Report on vaccination in Madras 1904-1921 - 1904-1921
Year: 1904
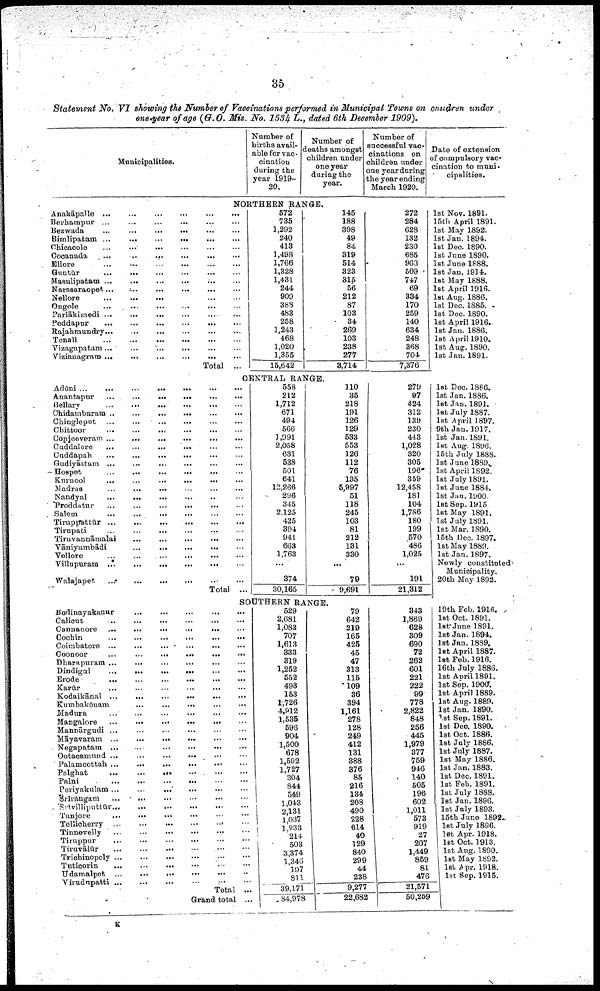
35
Statement No. VI showing the Number of Vaccinations performed in Municipal Towns on children under
one year of age (G.O. Mis. No. 1534 L., dated 6th December 1909).
Municipalities.
Number of
births avail
able for vac¬
cination
during the
year 1919-
20.
Number of
deaths amongst
children under
one year
during the
year.
Number of
successful vac
cinations on
children under
one year during
the year ending
March 1920.
Date of extension
of compulsory vac
cination to muni¬
cipalities.
NORTHERN RANGE.
Anakāpalle ...
...
...
...
...
...
Berhampur...
...
...
...
...
...
Bezwada
...
...
...
...
...
...
Bimlipatam ...
...
...
...
...
...
Chicacole
...
...
...
...
...
...
Cocanada
...
..
...
...
...
...
Ellore
...
...
...
...
...
Guntūr
...
...
...
...
...
...
Masulipatam
...
...
...
...
...
...
Narasaraopet
...
...
...
...
...
...
Nellore
...
...
...
...
...
Ongole
...
...
...
...
...
...
Parlākimedi...
...
...
...
...
...
Peddapur
...
...
...
...
...
...
Rajahmundry...
...
...
...
...
...
Tenali...
...
...
...
...
...
Vizagapatam...
...
...
...
...
...
Vizianagram ... ... ... ... ... ...
Total ...
572
735
1,292
240
413
1,498
1,766
1,328
1,431
244
909
388
483
258
1,243
468
1,020
1,355
15,642
145
188
398
49
84
319
514
323
315
56
212
87
103
34
269
103
238
277
3,714
272
284
628
132
230
685
963
509
747
69
334
170
259
140
634
248
368
704
7,376
1st Nov. 1891.
15th April 1891.
1st May 1892.
1st Jan. 1894.
1st Dec. 1890.
1st June 1890.
1st June 1888.
1st Jan. 1914.
1st May 1888.
1st April 1916.
1st Aug. 1886.
1st Dec. 1885.
1st Dec. 1890.
1st April 1916.
1st Jan. 1886.
1st April 1910.
1st Aug. 1890.
1st Jan. 1891.
CENTRAL RANGE.
Adōni...
...
...
...
...
...
...
Anantapur
...
...
...
...
...
...
Bellary
...
...
...
...
...
...
Chidambaram ..
...
...
...
...
...
Chingleput
...
...
...
...
...
...
Chittoor
...
...
...
...
...
...
Conjeeveram ...
...
...
...
...
...
Cuddalore ... ... ... ... ... ...
Cuddapah
...
...
...
...
... ...
Gudiyāttam ...
...
...
...
...
...
Hospet
...
...
...
...
...
...
Kurnool ... ... ... ... ... ...
Madras
...
...
...
...
...
...
Nandyal
...
...
... ... ... ...
Proddatur ... ... ... ... ... ...
Salem
...
...
...
...
...
...
Tiruppattūr
...
...
...
...
...
...
Tirupati ... ... ... ... ... ...
Tiruvannāmalai
...
...
...
...
...
...
Tāniyambādi
...
...
...
...
...
...
Vellore ... ... ... ... ... ...
Villupuram
...
...
...
...
...
...
Walajapet
...
...
...
...
...
...
Total ...
558
212
1,712
671
494
566
1,991
2,058
631
538
501
641
12,266
296
345
2,125
425
394
941
663
1,763
...
374
30,165
110
35
218
191
126
129
533
553
126
112
76
135
5,997
51
118
245
103
81
212
131
330
...
79
9,691
SOUTHERN RANGE.
Bodinayakanur
...
...
...
...
...
Calicut
...
...
...
...
...
...
Cannanore ...
...
...
...
...
...
Cochin
...
...
...
...
...
...
Coimbatore
...
...
...
...
...
...
Coonoor
...
...
...
...
...
...
Dharapuram
...
...
...
...
...
...
Dindigul
...
...
...
...
...
...
Erode
...
...
...
...
...
...
Karūr
...
...
...
...
...
...
Kodaikānal ...
...
...
...
...
...
Kumbakōnam
...
...
...
...
...
...
Madura
...
...
...
...
...
...
Mangalore
...
...
...
...
...
...
Mannārgudi ... ... ... ... ... ...
Māyavaram ...
...
...
...
...
...
Negapatam ... ... ... ... ... ...
Ootacamund
...
...
...
...
...
...
Palamcottah
...
...
...
...
...
...
Palghat
...
...
...
...
...
...
Palni
...
...
...
...
...
...
Periyakulam...
...
...
...
...
...
Srīrangam
...
...
...
...
...
...
Srīvilliputtūr
...
...
...
...
...
...
Tanjore
...
...
...
...
...
...
Tellicherry
...
...
...
...
...
...
Tinnevelly
...
...
...
...
...
...
Tiruppur
...
...
...
...
...
...
Tiruvālūr
...
...
...
...
...
...
Trichinopoly
...
...
...
...
...
...
Tuticorin
... ... ... ... ... ...
Udamalpet
...
...
...
...
...
...
Virudupatti ...
...
...
...
...
...
Total ...
Grand total ...
529
2,681
1,083
707
1,613
333
319
1,252
552
493
153
1,726
4,912
1,535
596
904
1,500
678
1,592
1,727
304
844
549
1,043
2,131
1,037
1,933
214
503
3,374
1,346
197
811
39,171
84,978
79
642
219
165
425
45
47
313
115
109
36
394
1,161
278
128
249
412
131
388
376
85
216
134
208
490
228
614
40
129
840
299
44
238
9,277
22,682
279
97
424
312
139
230
443
1,028
320
305
196
359
12,458
181
104
1,786
180
199
570
486
1,025
...
191
21,312
343
1,869
628
309
690
72
262
601
221
222
99
778
2,822
848
256
445
1,979
377
759
946
140
505
196
602
1,011
573
919
27
207
1,449
859
81
476
21,571
50,259
1st Dec. 1886.
1st Jan. 1886.
1st Jan. 1891.
1st July 1887.
1st April 1897.
9th Jan. 1917.
1st Jan. 1891.
1st Aug. 1896.
15th July 1888.
1st June 1889.
1st April 1892.
1st July 1891.
1st June 1884.
1st Jan. 1900.
1st Sep.1915
1st May 1891.
1st July 1891.
1st Mar. 1890.
15th Dec. 1897.
1st May 1889.
1st Jan. 1897.
Newly constituted
Municipality.
20th May 1892.
19th Feb. 1916.
1st Oct. 1891.
1st June 1891.
1st Jan. 1894.
1st Jan. 1839.
1st April 1887.
1st Feb. 1916.
16th July 1886.
1st April 1891.
1st Sep. 1900.
1st April 1889.
1st Aug. 1889.
1st Jan. 1890.
1st Sep. 1891.
1st Dec. 1890.
1st Oct. 1886.
1st July 1886.
1st July 1887.
1st May 1886.
1st Jan. 1883.
1st Dec. 1891.
1st Feb. 1891.
1st July 1888.
1st Jan. 1896.
1st July 1893.
15th June 1892.
1st July 1896.
1st Apr. 1918.
1st Oct. 1913.
1st Aug. 1890.
1st May 1892.
1st Apr. 1918.
1st Sep. 1915.
K